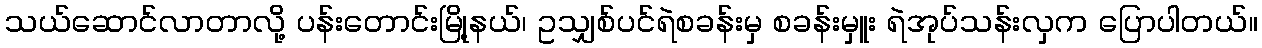
သယ်ဆောင်လာတာလို့ ပန်းတောင်းမြို့နယ်၊ ဥသျှစ်ပင်ရဲစခန်းမှ စခန်းမှူး ရဲအုပ်သန်းလှက ပြောပါတယ်။